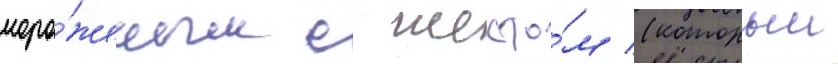
моро́женым с шесто́м (которыи